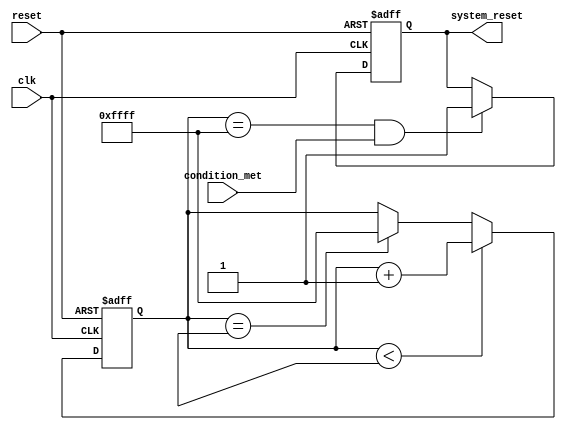
module Watchdog_Timer (
    input wire clk,
    input wire reset,
    input wire condition_met,
    output reg system_reset
);

reg [15:0] timeout_period;
reg [15:0] timer;

always @(posedge clk or posedge reset) begin
    if (reset) begin
        timer <= 16'h0000;
    end else if (timer < timeout_period) begin
        timer <= timer + 1;
    end else if (timer == timeout_period) begin
        timer <= 16'hFFFF;
    end
end

always @(posedge clk or posedge reset) begin
    if (reset) begin
        system_reset <= 0;
    end else if (timer == 16'hFFFF && condition_met) begin
        system_reset <= 1;
    end
end

endmodule